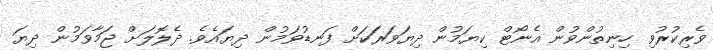
ވެރިކުރުވި ހިނިތުންވުން އެނޯޓް ކިޔަމުން ދިޔަވަރަކަށް ފަނޑުވަމުން ދިޔައެވެ. ދެލޮލަށް ޖަމާވަމުން ދިޔަ